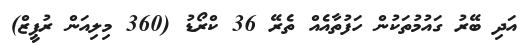
އަދި ބޭރު ގައުމުތަކުން ހަފުތާއެއް ތެރޭ 36 ކްރޯޑު (360 މިލިއަން ރުޕީޒް)